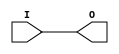
///////////////////////////////////////////////////////////////////////////////
//  Copyright (c) 1995/2018 Xilinx, Inc.
//  All Right Reserved.
///////////////////////////////////////////////////////////////////////////////
//   ____  ____
//  /   /\/   /
// /___/  \  /     Vendor      : Xilinx
// \   \   \/      Version     : 2018.3
//  \   \          Description : Xilinx Unified Simulation Library Component
//  /   /                        General Clock Buffer
// /___/   /\      Filename    : BUFG.v
// \   \  /  \
//  \___\/\___\
//
///////////////////////////////////////////////////////////////////////////////
//  Revision:
//    03/23/04 - Initial version.
//    05/23/07 - Changed timescale to 1 ps / 1 ps.
//    12/13/11 - 524859 - Added `celldefine and `endcelldefine
//  End Revision:
///////////////////////////////////////////////////////////////////////////////

`timescale 1 ps / 1 ps

`celldefine

module BUFG
`ifdef XIL_TIMING
#(
  parameter LOC = "UNPLACED"
)
`endif
(
  output O,

  input I
);
  
// define constants
  localparam MODULE_NAME = "BUFG";

`ifdef XIL_TIMING
  reg notifier;
`endif

// begin behavioral model

    buf B1 (O, I);

// end behavioral model

`ifndef XIL_XECLIB
`ifdef XIL_TIMING
  specify
    (I => O) = (0:0:0, 0:0:0);
    $period (negedge I, 0:0:0, notifier);
    $period (posedge I, 0:0:0, notifier);
    specparam PATHPULSE$ = 0;
  endspecify
`endif
`endif

endmodule

`endcelldefine